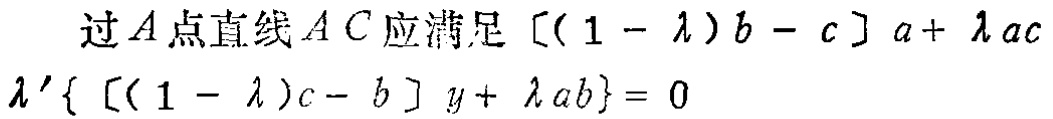
过\(A\)点直线\(AC\)应满足\([(1 - \lambda)b - c]a+ \lambda ac+\lambda' \{ [(1 - \lambda)c - b] y+ \lambda ab\}= 0\)